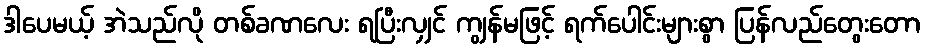
ဒါပေမယ့် အဲသည်လို တစ်ခဏလေး ရပြီးလျှင် ကျွန်မဖြင့် ရက်ပေါင်းများစွာ ပြန်လည်တွေးတော